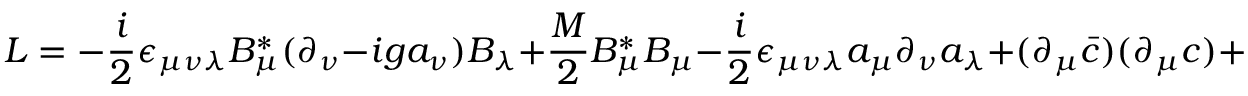
{ \cal L } = - \frac { i } { 2 } \epsilon _ { \mu \nu \lambda } B _ { \mu } ^ { * } ( \partial _ { \nu } - i g a _ { \nu } ) B _ { \lambda } + \frac { M } { 2 } B _ { \mu } ^ { * } B _ { \mu } - \frac { i } { 2 } \epsilon _ { \mu \nu \lambda } a _ { \mu } \partial _ { \nu } a _ { \lambda } + ( \partial _ { \mu } \bar { c } ) ( \partial _ { \mu } c ) + \frac { 1 } { 2 \rho } ( \partial _ { \mu } a _ { \mu } ) ^ { 2 } \; .